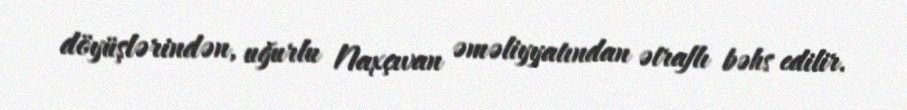
döyüşlərindən, uğurlu Naxçıvan əməliyyatından ətraflı bəhs edilir.